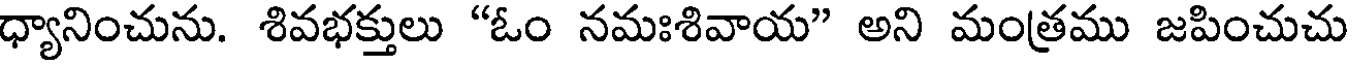
ధ్యానించును. శివభక్తులు "ఓం నమఃశివాయ" అని మంత్రము జపించుచు